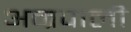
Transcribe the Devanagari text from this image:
अम्रपाली